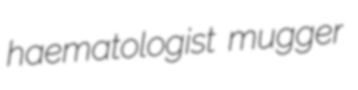
haematologist mugger